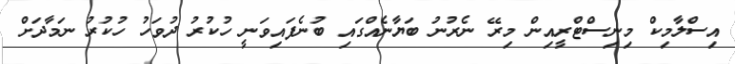
އިސްލާމިކް މިނިސްޓްރީއިން މިރޭ ނެރުނު ބަޔާނެއްގައި ބުނެފައިވަނީ ހުކުރު ދުވަހު ހުކުރު ނަމާދަށް